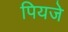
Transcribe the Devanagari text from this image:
पियजे